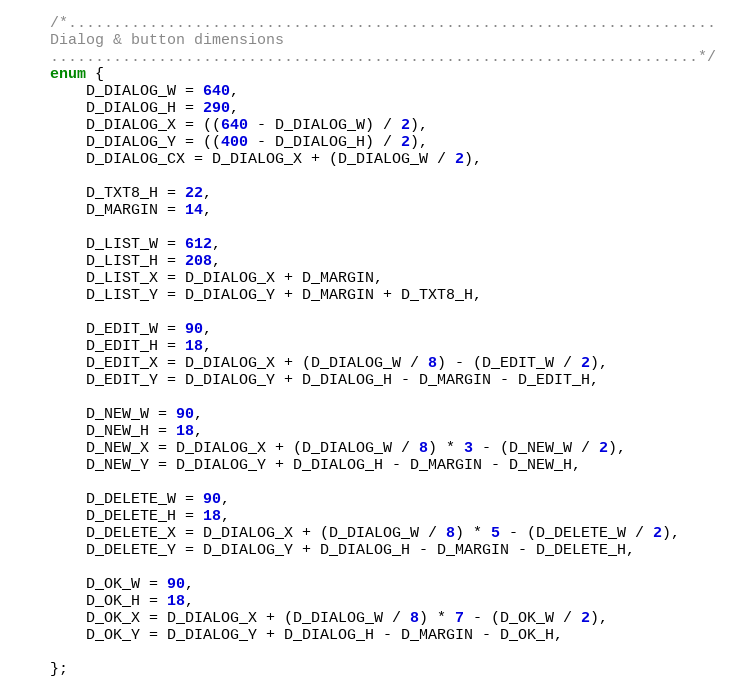
Language: C++
	/*........................................................................
	Dialog & button dimensions
	........................................................................*/
	enum {
		D_DIALOG_W = 640,
		D_DIALOG_H = 290,
		D_DIALOG_X = ((640 - D_DIALOG_W) / 2),
		D_DIALOG_Y = ((400 - D_DIALOG_H) / 2),
		D_DIALOG_CX = D_DIALOG_X + (D_DIALOG_W / 2),

		D_TXT8_H = 22,
		D_MARGIN = 14,

		D_LIST_W = 612,
		D_LIST_H = 208,
		D_LIST_X = D_DIALOG_X + D_MARGIN,
		D_LIST_Y = D_DIALOG_Y + D_MARGIN + D_TXT8_H,

		D_EDIT_W = 90,
		D_EDIT_H = 18,
		D_EDIT_X = D_DIALOG_X + (D_DIALOG_W / 8) - (D_EDIT_W / 2),
		D_EDIT_Y = D_DIALOG_Y + D_DIALOG_H - D_MARGIN - D_EDIT_H,

		D_NEW_W = 90,
		D_NEW_H = 18,
		D_NEW_X = D_DIALOG_X + (D_DIALOG_W / 8) * 3 - (D_NEW_W / 2),
		D_NEW_Y = D_DIALOG_Y + D_DIALOG_H - D_MARGIN - D_NEW_H,

		D_DELETE_W = 90,
		D_DELETE_H = 18,
		D_DELETE_X = D_DIALOG_X + (D_DIALOG_W / 8) * 5 - (D_DELETE_W / 2),
		D_DELETE_Y = D_DIALOG_Y + D_DIALOG_H - D_MARGIN - D_DELETE_H,

		D_OK_W = 90,
		D_OK_H = 18,
		D_OK_X = D_DIALOG_X + (D_DIALOG_W / 8) * 7 - (D_OK_W / 2),
		D_OK_Y = D_DIALOG_Y + D_DIALOG_H - D_MARGIN - D_OK_H,

	};